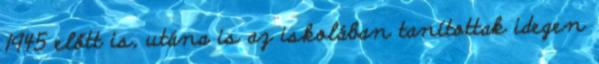
1945 előtt is, utána is az iskolában tanítottak idegen